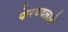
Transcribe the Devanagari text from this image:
फेरबदलाने